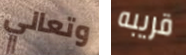
وتعالي قريبه